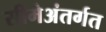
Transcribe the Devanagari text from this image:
सीमेअंतर्गत